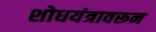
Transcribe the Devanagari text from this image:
शोधयंत्रावरून